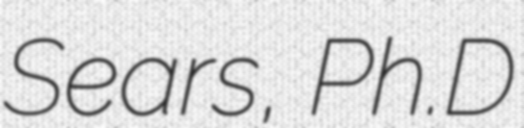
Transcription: Sears, Ph.D